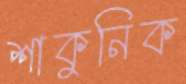
শাকুনিক